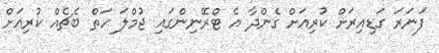
ފަނަރަ ގަޑިއިރަށް ކުރިއަށް ގެންދާ އެ ޓްރޭނިންގައި ޖުމްލަ ހަތް ބެޗެއް ކުރިއަށް